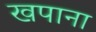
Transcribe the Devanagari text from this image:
खपाना